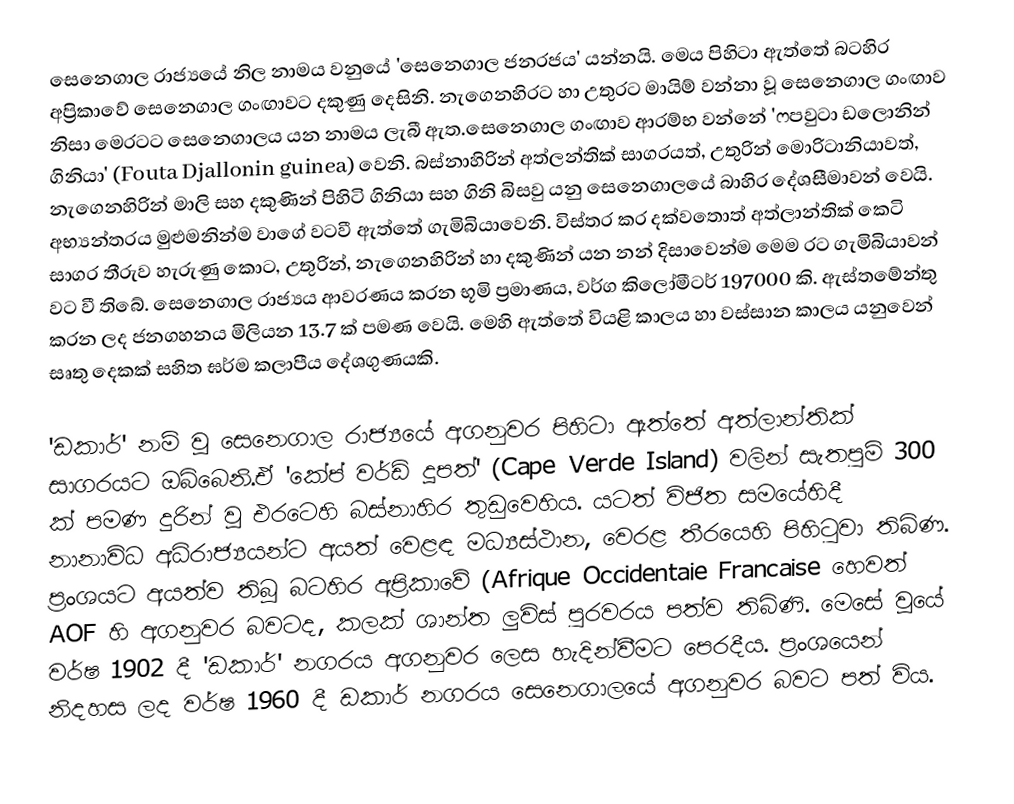
සෙනෙගාල රාජ්‍යයේ නිල නාමය වනුයේ 'සෙනෙගාල ජනරජය' යන්නයි. මෙය පිහිටා ඇත්තේ බටහිර අප්‍රිකාවේ සෙනෙගාල ගංඟාවට දකුණු දෙසිනි. නැගෙනහිරට හා උතුරට මායිම් වන්නා වූ සෙනෙගාල ගංඟාව නිසා මෙරටට සෙනෙගාලය  යන නාමය ලැබී ඇත.සෙනෙගාල ගංඟාව ආරම්භ වන්නේ  '‍ෆපවුටා ඩලොනින් ගිනියා' (Fouta Djallonin guinea) වෙනි.  බස්නාහිරින් අත්ලන්තික්  සාගරයත්, උතුරින් මොරිටානියාවත්, නැගෙනහිරින් මාලි සහ දකුණින් පිහිටි ගිනියා සහ ගිනි බිසවු යනු සෙනෙගාලයේ බාහිර දේශසීමාවන් වෙයි. අභ්‍යන්තරය මුළුමනින්ම වාගේ වටවී ඇත්තේ ගැමිබියාවෙනි. විස්තර කර දක්වතොත් අත්ලාන්තික් කෙටි සාගර තීරුව හැරුණු කොට, උතුරින්, නැගෙනහිරින් හා දකුණින් යන නන් දිසාවෙන්ම මෙම රට ගැමිබියාවන්  වට වී තිබේ. සෙනෙගාල රාජ්‍යය ආවරණය කරන භූමි ප්‍රමාණය, වර්ග කිලෝමීටර් 197000 කි. ඇස්තමේන්තු කරන ලද ජනගහනය මිලියන 13.7 ක් පමණ වෙයි. මෙහි ඇත්තේ වියළි කාලය හා වස්සාන කාලය යනුවෙන් සෘතු දෙකක් සහිත ඝර්ම කලාපීය දේශගුණයකි.

'ඩකාර්' නම් වූ සෙනෙගාල රාජ්‍යයේ අගනුවර පිහිටා ඇත්තේ අත්ලාන්තික් සාගරයට ඔබ්බෙනි.ඒ  'කේප් වර්ඩ් දූපත්' (Cape Verde Island) වලින් සැතපුම් 300 ක් පමණ දුරින් වූ එරටෙහි බස්නාහිර  තුඩුවෙහිය. යටත් විජිත සමයේහිදී නානාවිධ අධිරාජ්‍යයන්ට අයත් වෙළඳ මධ්‍යස්ථාන, වෙරළ තීරයෙහි පිහිටුවා තිබිණ. ප්‍රංශයට අයත්ව තිබූ බටහිර අප්‍රිකාවේ (Afrique Occidentaie Francaise හෙවත් AOF හි අගනුවර  බවටද, කලක් ශාන්ත ලුවිස් පුරවරය පත්ව තිබිණි. මෙසේ වූයේ වර්ෂ 1902 දී 'ඩකාර්' නගරය  අගනුවර ලෙස හැදින්වීමට පෙරදීය. ප්‍රංශයෙන් නිදහස ලද වර්ෂ 1960 දී ඩකාර් නගරය සෙනෙගාලයේ අගනුවර බවට පත් විය.